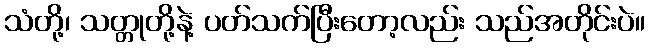
သံတို့၊ သတ္တုတို့နဲ့ ပတ်သက်ပြီးတော့လည်း သည်အတိုင်းပဲ။